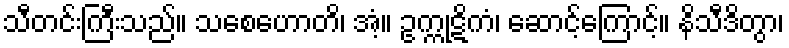
သီတင်းကြီးသည်။ သစေဟောတိ၊ အံ့။ ဥက္ကုဋိကံ၊ ဆောင့်ကြောင့်။ နိသီဒိတွာ၊